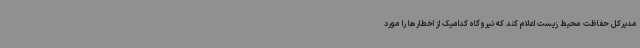
مدیرکل حفاظت محیط زیست اعلام کند که نیروگاه کدامیک از اخطارها را مورد